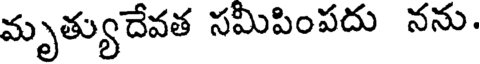
మృత్యుదేవత సమీపింపదు నను.